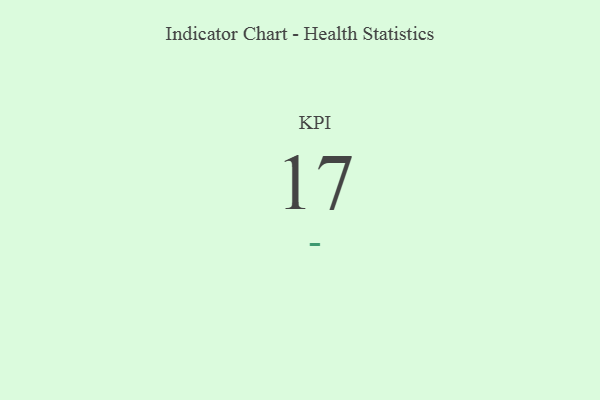
{"axis": {"x": "KPI", "y": "Value"}, "legend": [""], "data": [{"x": "KPI", "y": 17, "type": ""}]}